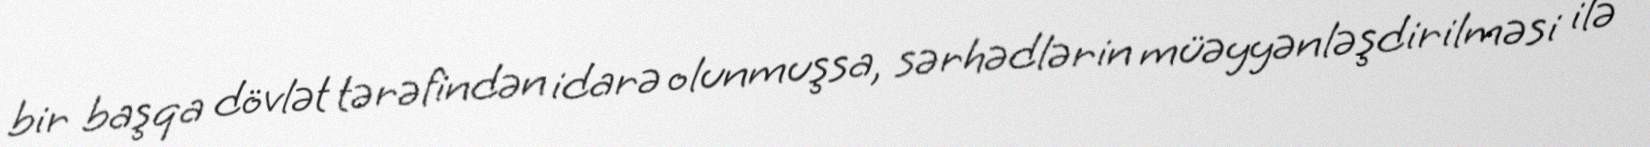
bir başqa dövlət tərəfindən idarə olunmuşsa, sərhədlərin müəyyənləşdirilməsi ilə